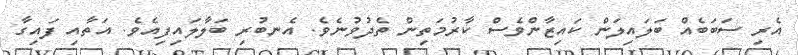
އެރި ސަބަބެއް ބަލައިލަން ކައިޒާންވެސް ކާރުމަތިން ތެދުވުނެވެ. އެނބުރި ބަލާލައިފިއެވެ. އަތާއި ފައިގާ